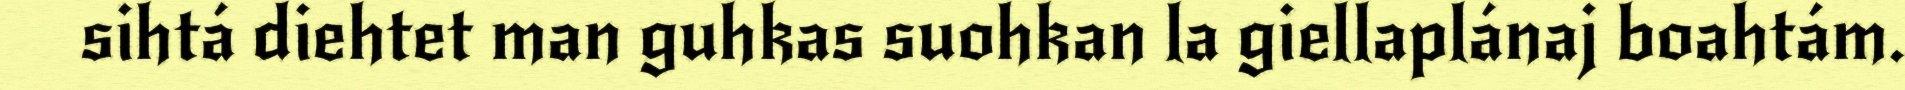
sihtá diehtet man guhkas suohkan la giellaplánaj boahtám.